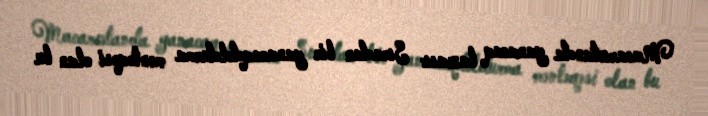
Macarıstanda yanacaq bazası: Sıradan bir yanacaqdoldurma məntəqəsi olan bu